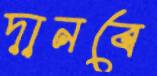
দানবে